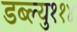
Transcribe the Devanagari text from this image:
डब्ल्यु११४